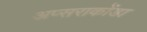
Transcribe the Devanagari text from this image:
अप्सराकोंडा